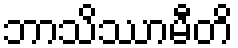
ဘာသိဿာမီတိ